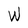
Character: W